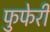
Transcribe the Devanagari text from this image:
फुफेरी